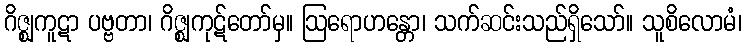
ဂိဇ္ဈကူဋာ ပဗ္ဗတာ၊ ဂိဇ္ဈကုဋ်တော်မှ။ ဩရောဟန္တော၊ သက်ဆင်းသည်ရှိသော်။ သူစိလောမံ၊